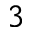
3